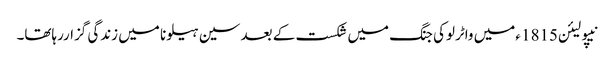
نیپولیئن1815 ءمیں واٹرلوکی جنگ میں شکست کے بعد سین ہیلونا میں زندگی گزاررہاتھا۔